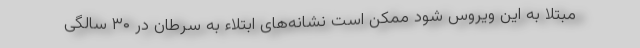
مبتلا به این ویروس شود ممکن است نشانه‌های ابتلاء به سرطان در ۳۰ سالگی